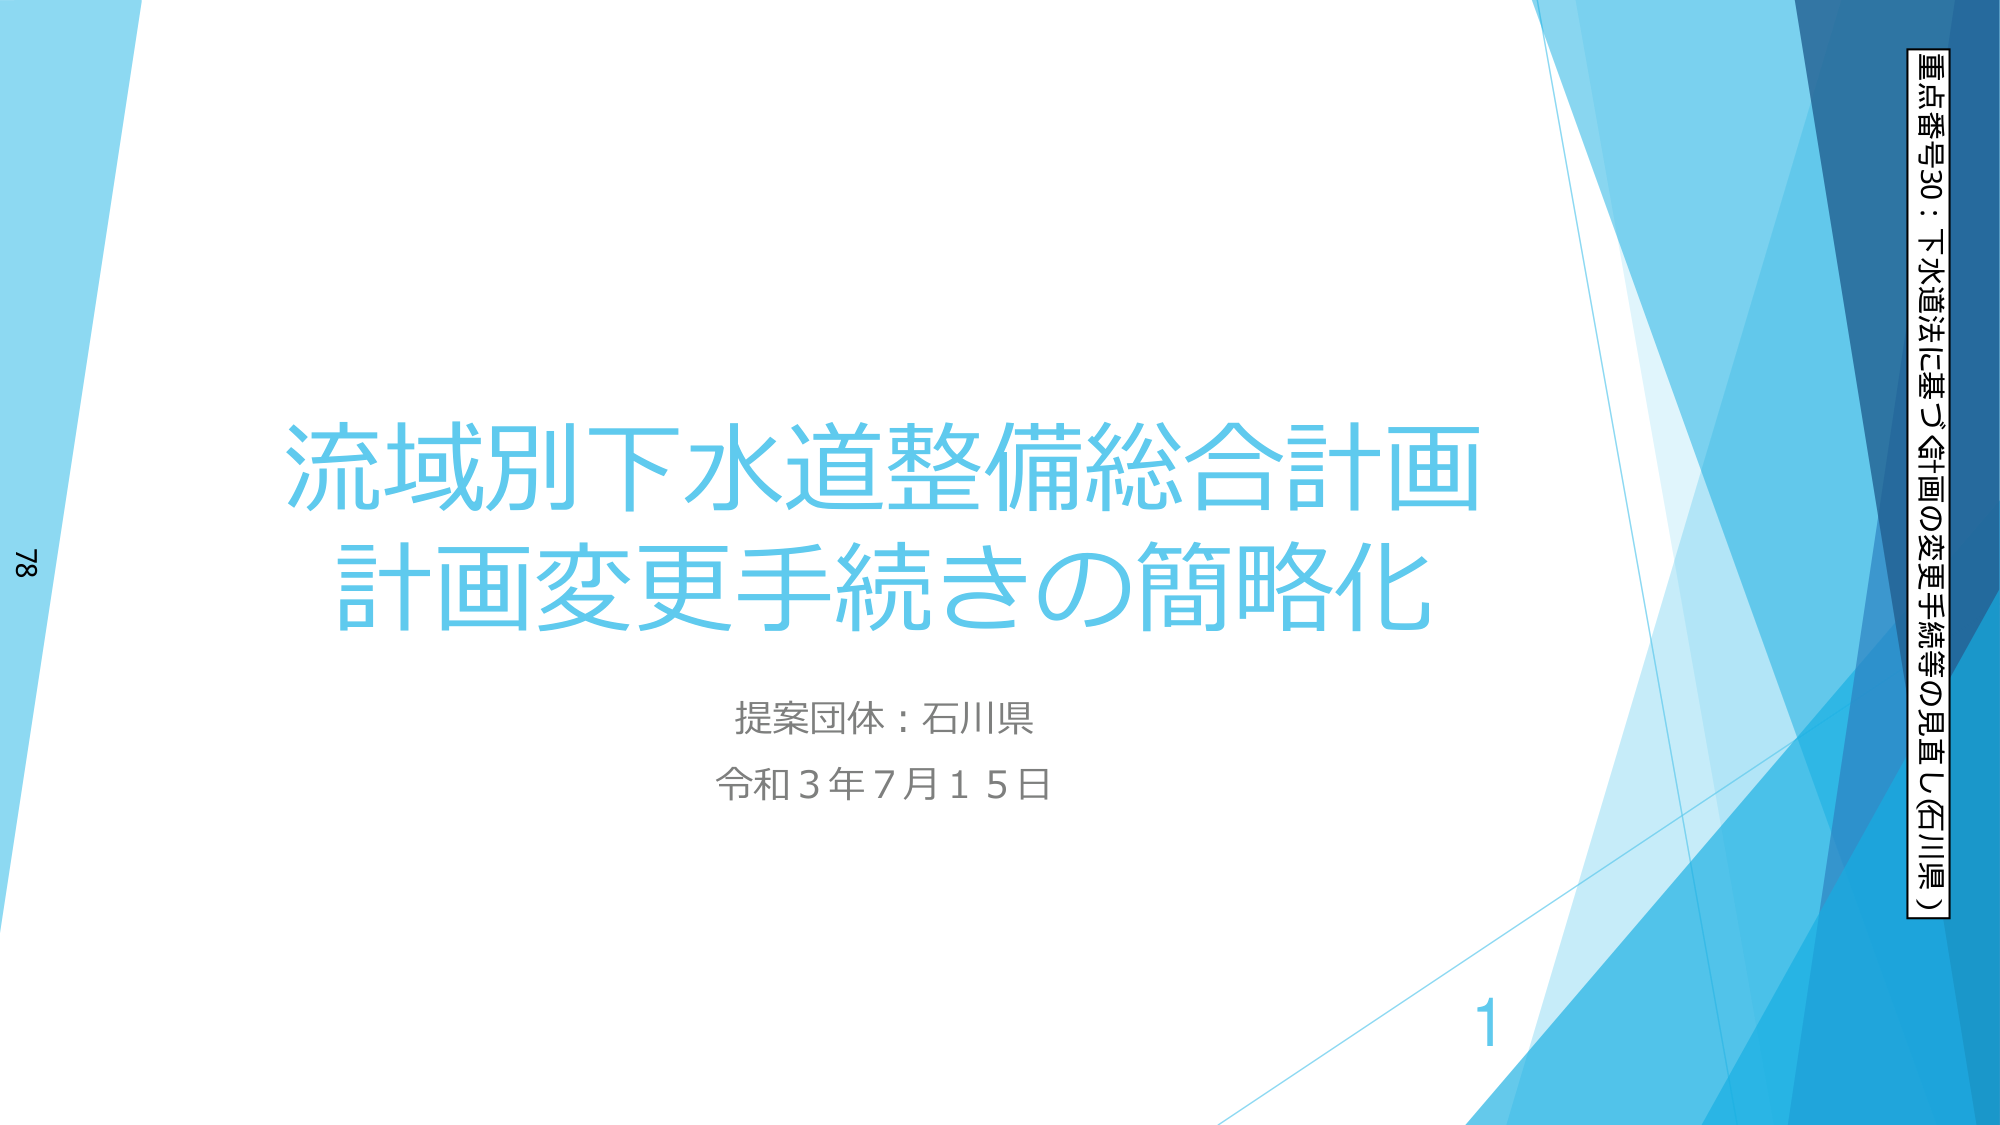
流域別下水道整備総合計画
計画変更手続きの簡略化

提案団体：石川県
令和3年7月15日

78
1

重点番号30：下水道法に基づく計画の変更手続等の見直し（石川県）